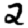
Digit: 2